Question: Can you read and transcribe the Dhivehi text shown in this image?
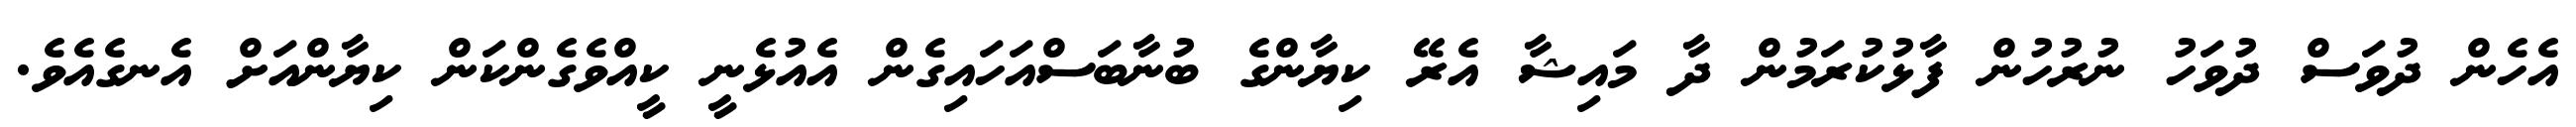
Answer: އެހެން ދުވަސް ދުވަހު ނުރުހުން ފާޅުކުރަމުން ދާ މައިޝާ އެރޭ ކިޔާންގެ ބުނާބަސްއަހައިގެން އެއުޅެނީ ކީއްވެގެންކަން ކިޔާންއަށް އެނގެއެވެ.